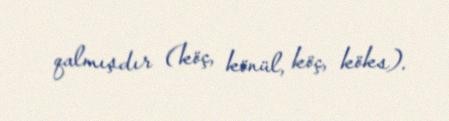
qalmışdır (köç, könül, köç, köks).